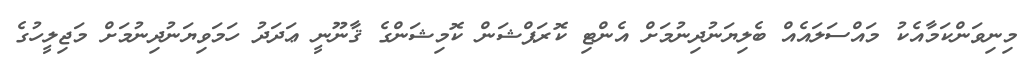
މިނިވަންކަމާއެކު މައްސަލައެއް ބެލިޔަނުދިނުމަށް އެންޓި ކޮރަޕްޝަން ކޮމިޝަންގެ ޤާނޫނީ ޢަދަދު ހަމަވިޔަނުދިނުމަށް މަޖިލީހުގެ